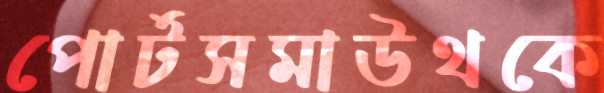
পোর্টসমাউথকে